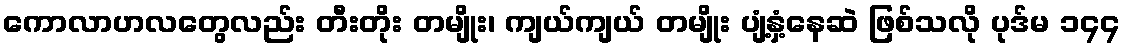
ကောလာဟလတွေလည်း တီးတိုး တမျိုး၊ ကျယ်ကျယ် တမျိုး ပျံ့နှံ့နေဆဲ ဖြစ်သလို ပုဒ်မ ၁၄၄